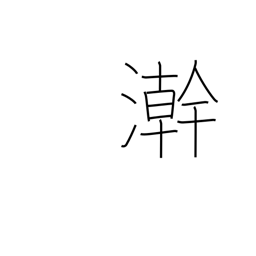
Meaning: wash